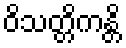
ဝိသတ္တိကန္တိ